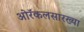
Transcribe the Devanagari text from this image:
ओरॅकलसारख्या